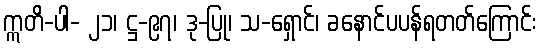
ဣတိ-ပါ- ၂၁၊ ဋ္ဌ-၉၇၊ ဒု-ပြု၊ သ-ရှောင်၊ ခနောင်ပပန်ရတတ်ကြောင်း